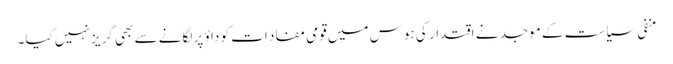
منفی سیاست کے موجد نے اقتدار کی ہوس میں قومی مفاد ات کو داؤ پر لگانے سے بھی گریز نہیں کیا۔